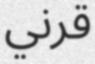
قرني